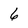
Character: 6